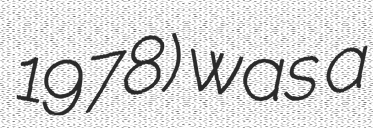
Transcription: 1978) was a